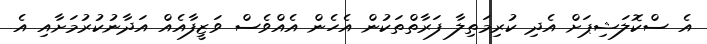
އެ ސްކޮލަޝިޕަށް އެދި ކުރިމަތިލާ ފަރާތްތަކުން އެހެން އެއްވެސް ވަޒީފާއެއް އަދާނުކުރުމަށާއި އެ